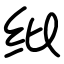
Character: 纰